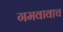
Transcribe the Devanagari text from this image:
गमवावाच